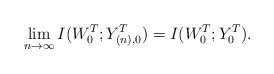
\begin{align*} \lim_{n \to \infty} I(W_{0}^T; Y_{(n), 0}^T) = I(W_{0}^T; Y_{0}^T).\end{align*}